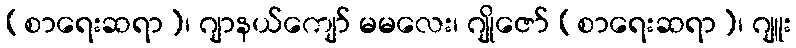
(စာရေးဆရာ)၊ ဂျာနယ်ကျော် မမလေး၊ ဂျိုဇော် (စာရေးဆရာ)၊ ဂျူး